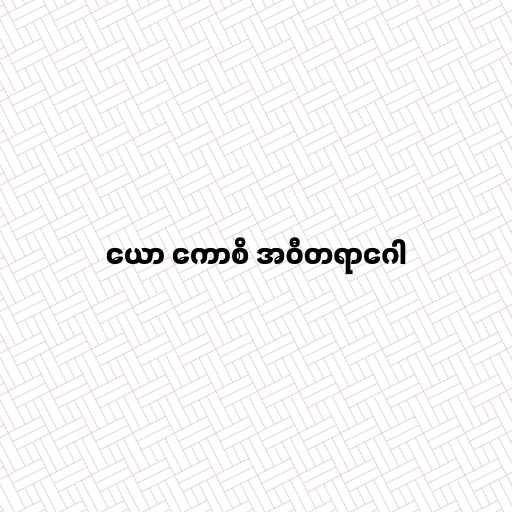
ယော ကောစိ အဝီတရာဂေါ